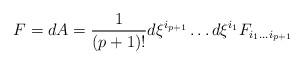
LaTeX: \begin{align*}F=dA={1\over (p+1)!}d\xi^{i_{p+1}}\dots d\xi^{i_1}F_{i_1\dots i_{p+1}}\end{align*}